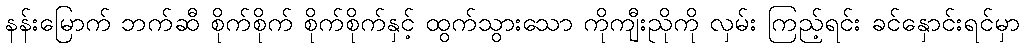
နန်းမြောက် ဘက်ဆီ စိုက်စိုက် စိုက်စိုက်နှင့် ထွက်သွားသော ကိုကျီးညိုကို လှမ်း ကြည့်ရင်း ခင်နှောင်းရင်မှာ